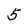
Character: 5